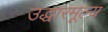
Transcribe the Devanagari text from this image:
उद्धारमूल्य